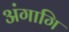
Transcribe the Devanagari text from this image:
अंगागि